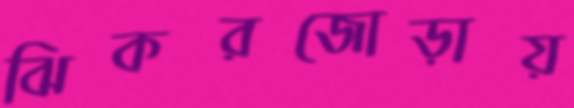
ঝিকরজোড়ায়